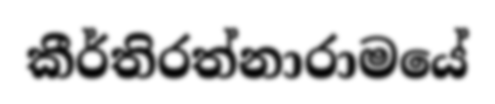
කීර්තිරත්නාරාමයේ